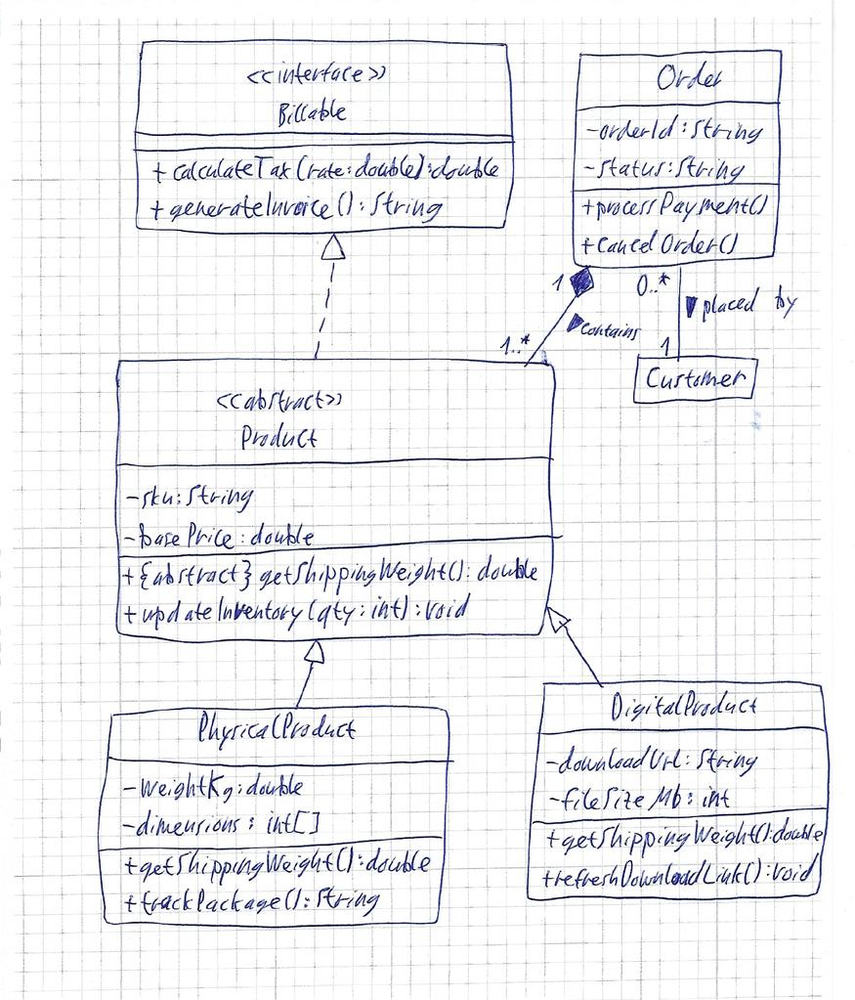
Diagram type: class_diagram
```plantuml
@startuml

interface Billable {
  + calculateTax(rate: double): double
  + generateInvoice(): String
}

abstract class Product implements Billable {
  - sku: String
  - basePrice: double
  + {abstract} getShippingWeight(): double
  + updateInventory(qty: int): void
}

class PhysicalProduct extends Product {
  - weightKg: double
  - dimensions: int[]
  + getShippingWeight(): double
  + trackPackage(): String
}

class DigitalProduct extends Product {
  - downloadUrl: String
  - fileSizeMb: int
  + getShippingWeight(): double
  + refreshDownloadLink(): void
}

class Order {
  - orderId: String
  - status: String
  + processPayment()
  + cancelOrder()
}

Order "1" *-- "1..*" Product : contains >
Order "0..*" -- "1" Customer : placed by >

@enduml
```